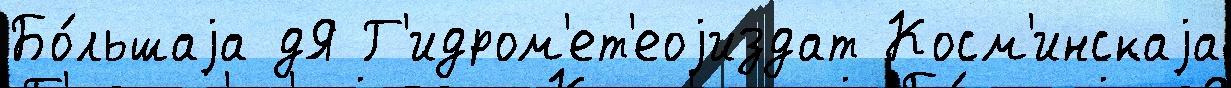
Бо́льшаjа дЯ Г'идром'ет'еоjиздат Косм'инскаjа